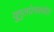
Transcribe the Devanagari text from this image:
युगुलप्रेमकथेत